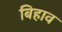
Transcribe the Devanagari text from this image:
बिहाव